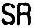
SR